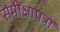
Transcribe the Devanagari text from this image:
समीक्षापत्रों